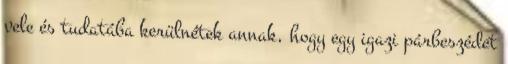
vele és tudatába kerülnétek annak, hogy egy igazi párbeszédet